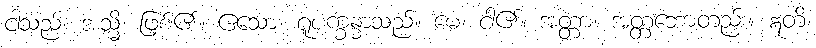
ငါသည်။ အသ္မိ၊ ဖြစ်၏။ ဧသော၊ ရူပက္ခန္ဓာသည်။ မေ၊ ငါ၏။ အတ္တာ၊ အတ္တဘောတည်း။ ဣတိ၊